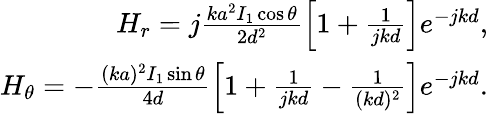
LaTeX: \begin{array}{r}{H_{r}=j\frac{ka^{2}I_{1}\cos{\theta}}{2d^{2}}\left[1+\frac{1}{jkd}\right]e^{-jkd},}\\ {H_{\theta}=-\frac{(ka)^{2}I_{1}\sin{\theta}}{4d}\left[1+\frac{1}{jkd}-\frac{1}{(kd)^{2}}\right]e^{-jkd}.}\end{array}